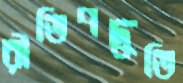
রীতিপদ্ধতি